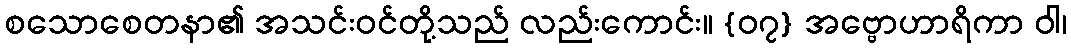
စသောစေတနာ၏ အသင်းဝင်တို့သည် လည်းကောင်း။ {၀၇} အဗ္ဗောဟာရိကာ ဝါ၊